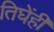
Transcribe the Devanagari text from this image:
तिघेंही